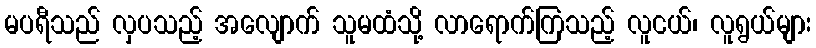
မပရီသည် လှပသည့် အလျောက် သူမထံသို့ လာရောက်ကြသည့် လူငယ်၊ လူရွယ်များ